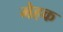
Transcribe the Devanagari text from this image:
मेहक